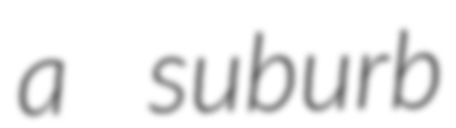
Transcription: a suburb